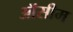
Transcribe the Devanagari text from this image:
ऑसीम